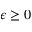
\epsilon \geq 0